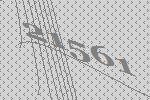
21561